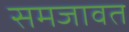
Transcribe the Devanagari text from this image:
समजावत